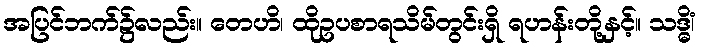
အပြင်ဘက်၌လည်း။ တေဟိ၊ ထိုဥပစာရသိမ်တွင်းရှိ ရဟန်းတို့နှင့်။ သဒ္ဓိံ၊